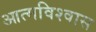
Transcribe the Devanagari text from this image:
आत्‍मविश्‍वास